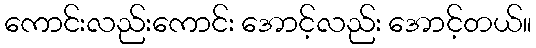
ကောင်းလည်းကောင်း အောင့်လည်း အောင့်တယ်။